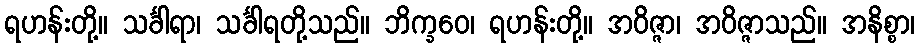
ရဟန်းတို့။ သင်္ခါရာ၊ သင်္ခါရတို့သည်။ ဘိက္ခဝေ၊ ရဟန်းတို့။ အဝိဇ္ဇာ၊ အဝိဇ္ဇာသည်။ အနိစ္စာ၊